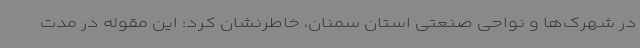
در شهرک‌ها و نواحی صنعتی استان سمنان، خاطرنشان کرد: این مقوله در مدت